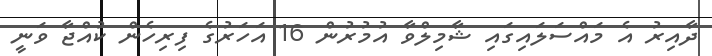
ދާއިރު އެ މައްސަލައިގައި ޝާމިލްވާ އުމުރުން 16 އަހަރުގެ ފިރިހެން ކުއްޖާ ވަނީ